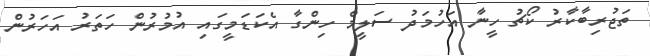
ތަޖުރިބާކާރު ކޯޗު ހީނާ އަހުމަދު ސަލީމް ހިންގާ އެކަޑަމީގައި އުމުރުން ހަތަރު އަހަރުން